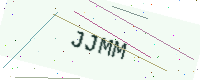
Text: JJMM